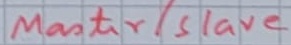
Text: Master/Slave